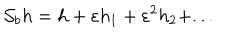
{ \cal S } _ { b } h = h + \varepsilon h _ { 1 } + \varepsilon ^ { 2 } h _ { 2 } + . . .